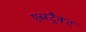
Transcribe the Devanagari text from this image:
एब्स्ट्रैक्ट